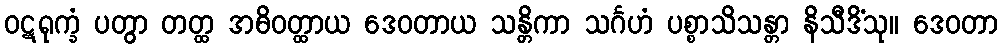
ဝဋရုက္ခံ ပတွာ တတ္ထ အဓိဝတ္ထာယ ဒေဝတာယ သန္တိကာ သင်္ဂဟံ ပစ္စာသိသန္တာ နိသီဒိံသု။ ဒေဝတာ